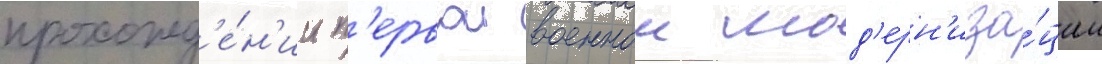
прохожд'е́н'ии п'ервои военнои мод'ерн'иза́ции